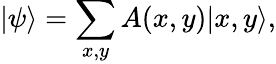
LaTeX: |\psi\rangle=\sum_{x,y}A(x,y)|x,y\rangle,